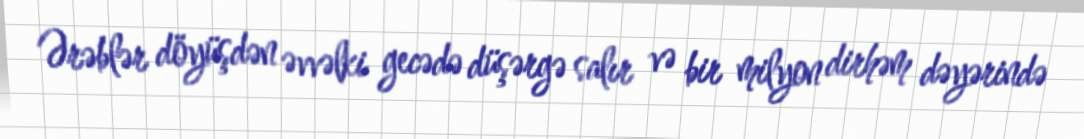
Ərəblər döyüşdən əvvəlki gecədə düşərgə salır və bir milyon dirhəm dəyərində